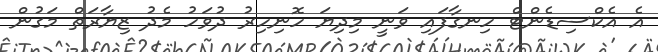
އެ އެކްސިޑެންޓް ހިނގާފައި ވަނީ މިދިޔަ ހޮނިހިރު ދުވަހު މެދު ޒިޔާރަތް މަގުން